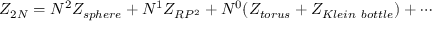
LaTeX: { \cal Z } _ { 2 N } = N ^ { 2 } { \cal Z } _ { s p h e r e } + N ^ { 1 } { \cal Z } _ { R P ^ { 2 } } + N ^ { 0 } ( { \cal Z } _ { t o r u s } + { \cal Z } _ { K l e i n \ b o t t l e } ) + \cdots